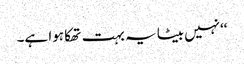
‘‘نہیں بیٹا یہ بہت تھکا ہوا ہے۔